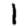
Digit: 1